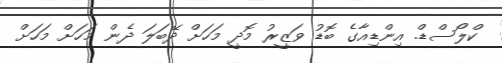
ކްލޯސްޑް. އިންޑިއާގެ ބޮޑު ވަޒީރު މޮދީ މަހަށް ދޭބަލަ ދެން މަަަހަށް މަހަށް